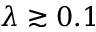
\lambda \gtrsim 0 . 1